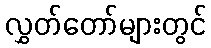
လွှတ်တော်များတွင်